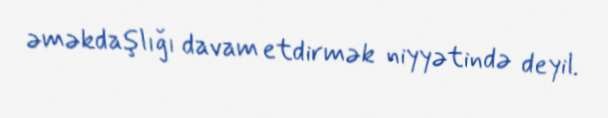
əməkdaşlığı davam etdirmək niyyətində deyil.